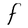
Character: F